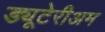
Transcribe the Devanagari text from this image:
ड्यूटेरीअम